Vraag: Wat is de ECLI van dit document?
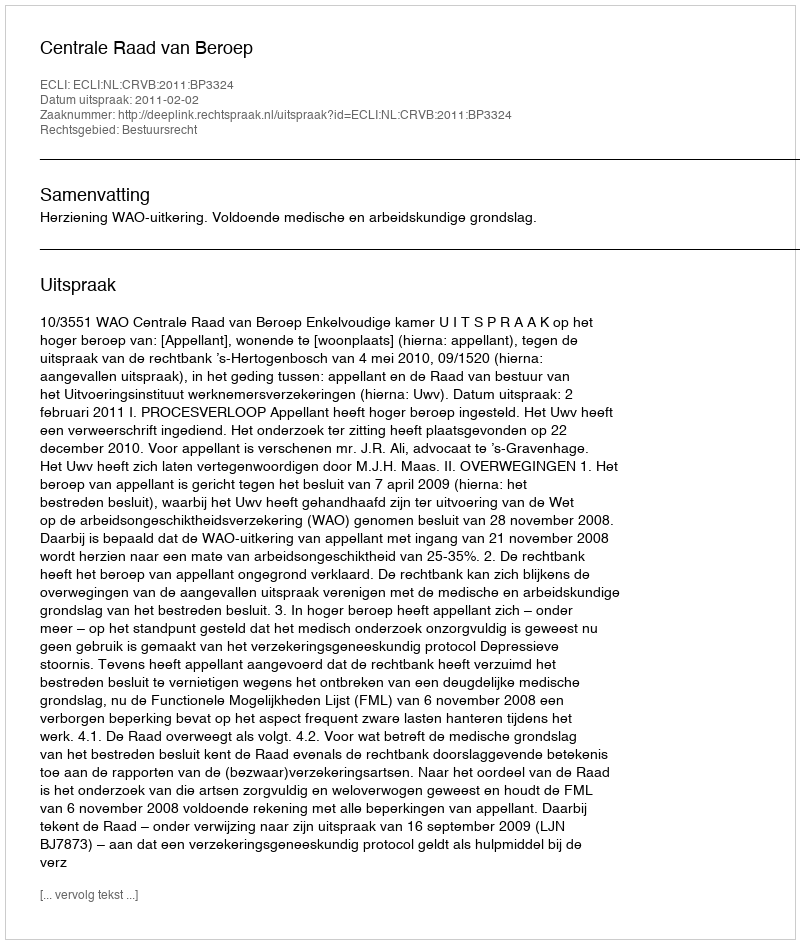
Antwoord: ECLI:NL:CRVB:2011:BP3324